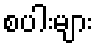
စပါးများ